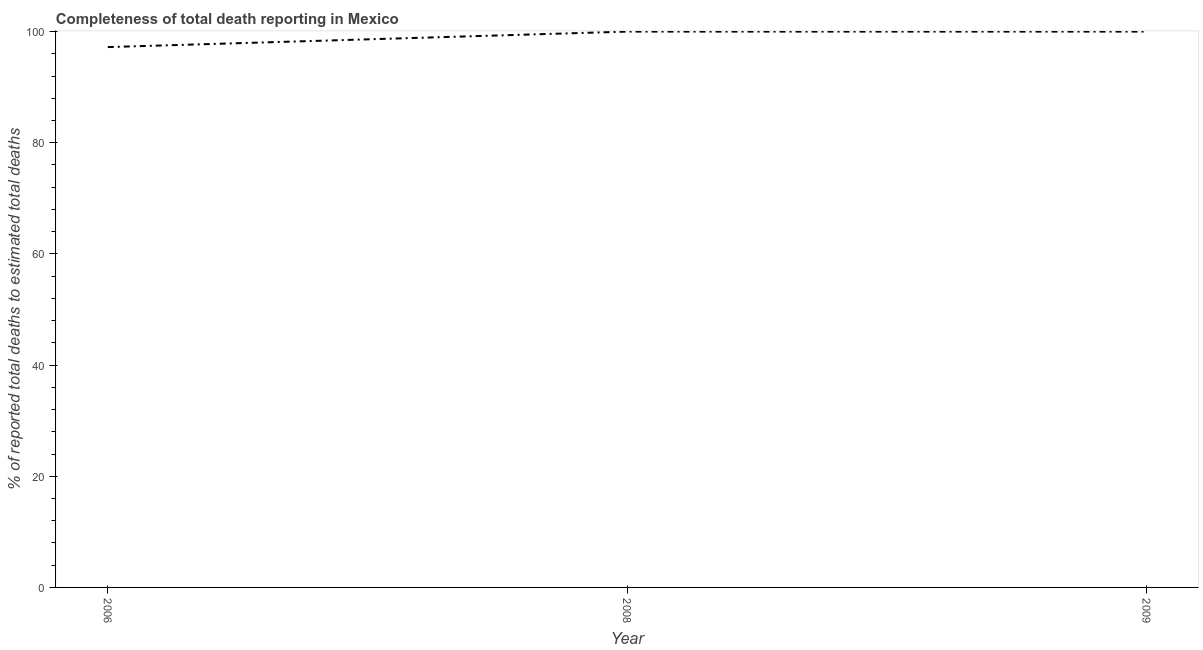
| Year | Completeness of total death reporting  |
 | --- | --- |
 | 2006 | 97.2 |
 | 2008 | 100 |
 | 2009 | 100 |